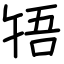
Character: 啎